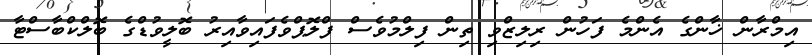
އިމްރާން ޚާންގެ އެންމެ ފަހުން ރިލިޒްވި ތިން ފިލްމުވެސް ފްލޮޕްވެފައިވާއިރު ބޮލީވުޑްގެ ބޮލްކްބާސްޓާ